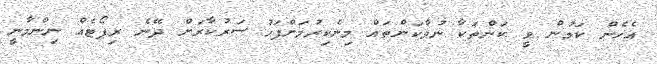
އެހެން ކަމުން ވީ ކަންތަކާ ނުވާކަންތައް މިނެކިރުމަށްފަހު ސަރުކާރަށް ދޭނެ ރިޕޯޓެއް ނިންމާނީ